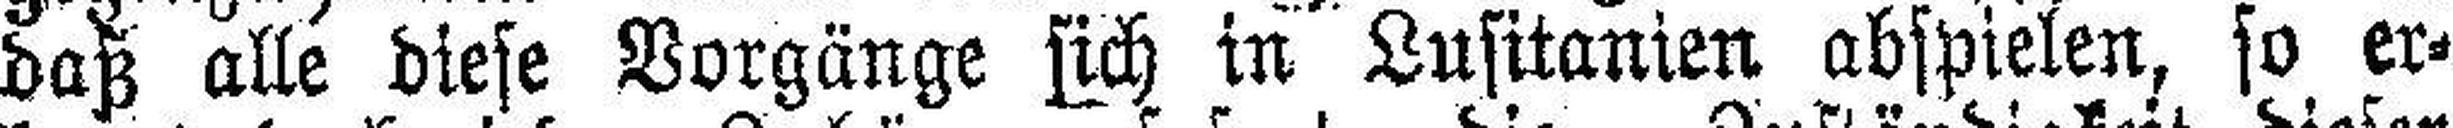
daß alle diese Vorgänge sich in Lusitanien abspielen, so er¬